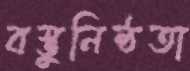
বস্তুনিষ্ঠতা